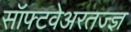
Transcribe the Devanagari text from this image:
सॉफ्टवेअरतज्ज्ञ